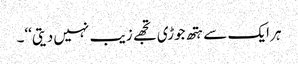
ہر ایک سے ہتھ جوڑی تجھے زیب نہیں دیتی‘‘۔